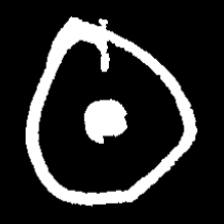
Pyu character \u2014 Myanmar letter: ထ (romanized: tha)